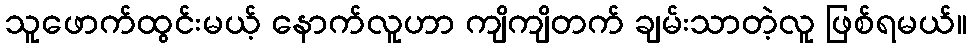
သူဖောက်ထွင်းမယ့် နောက်လူဟာ ကျိကျိတက် ချမ်းသာတဲ့လူ ဖြစ်ရမယ်။